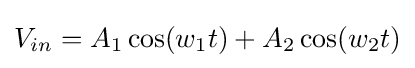
V_{in}=A_{1}\cos(w_{1}t)+A_{2}\cos(w_{2}t)